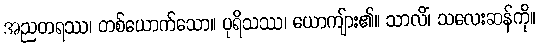
အညတရဿ၊ တစ်ယောက်သော။ ပုရိသဿ၊ ယောကျ်ား၏။ သာလိံ၊ သလေးဆန်ကို။